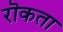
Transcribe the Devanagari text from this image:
रॊकता